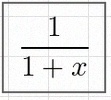
\frac{1}{1+x}